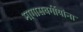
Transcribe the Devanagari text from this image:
मागासवर्गीयांना